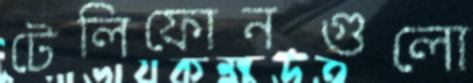
টেলিফোনগুলো